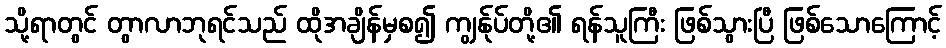
သို့ရာတွင် တွာလာဘုရင်သည် ထိုအချိန်မှစ၍ ကျွန်ုပ်တို့၏ ရန်သူကြီး ဖြစ်သွားပြီ ဖြစ်သောကြောင့်